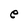
Character: e